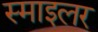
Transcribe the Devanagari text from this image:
स्माइलर